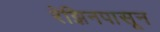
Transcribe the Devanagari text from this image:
रेझिनपासून